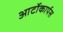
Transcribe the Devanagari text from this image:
आर्टोकार्पस